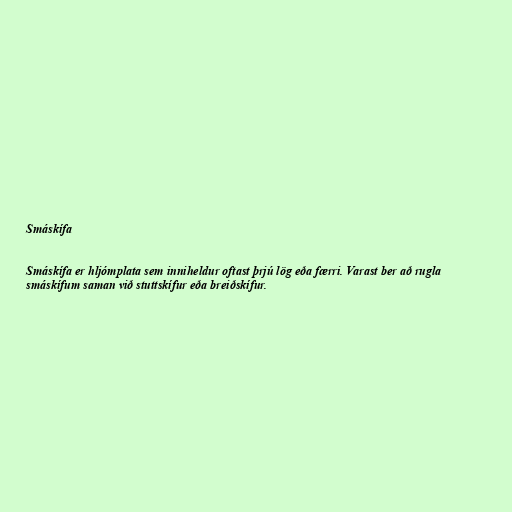
Smáskífa

Smáskífa er hljómplata sem inniheldur oftast þrjú lög eða færri. Varast ber að rugla
smáskífum saman við stuttskífur eða breiðskífur.